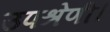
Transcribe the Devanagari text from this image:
उपश्रेणी।